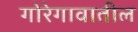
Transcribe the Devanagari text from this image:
गोरेगावातील